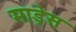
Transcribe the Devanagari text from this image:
माड्रेस